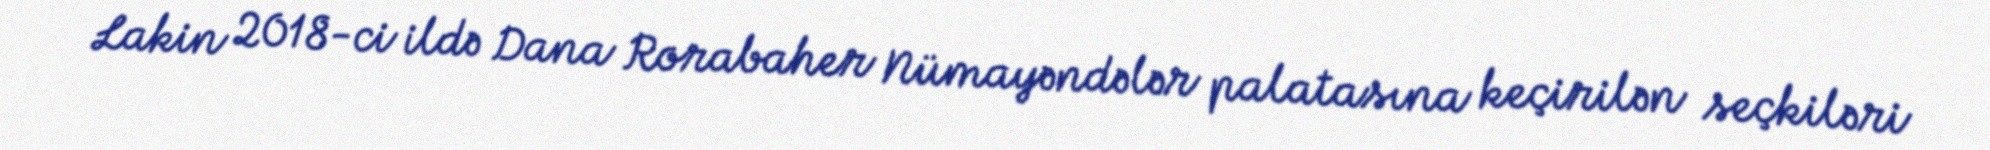
Lakin 2018-ci ildə Dana Rorabaher Nümayəndələr palatasına keçirilən seçkiləri